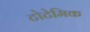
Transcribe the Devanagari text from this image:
टोटेमिक